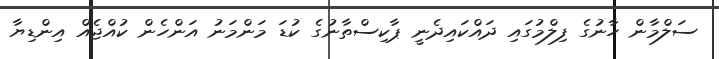
ސަލްމާން ހާނުގެ ފިލްމުގައި ދައްކައިދެނީ ޕާކިސްތާނުގެ ކުޑަ މަންމަނު އަންހެން ކުއްޖެއް އިންޑިޔާ